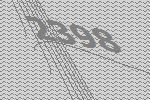
2398